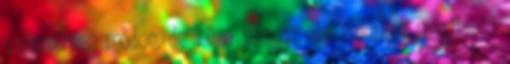
valamilyen módon, de köze van az oly sokakat megihlető